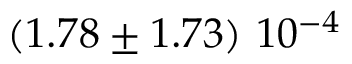
\left( 1 . 7 8 \pm 1 . 7 3 \right) \, 1 0 ^ { - 4 }